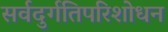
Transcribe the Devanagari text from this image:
सर्वदुर्गतिपरिशोधन